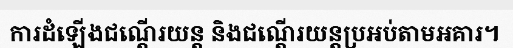
ការដំឡើងជណ្តើរយន្ត និងជណ្តើរយន្តប្រអប់តាមអគារ។